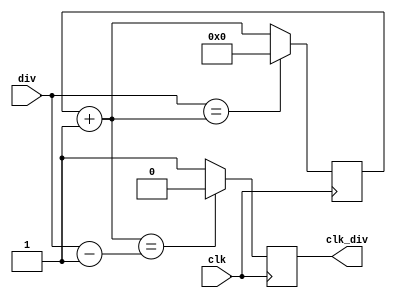
`timescale 1ns / 1ps
//////////////////////////////////////////////////////////////////////////////////
// Company: 
// Engineer: 
// 
// Design Name: 
// Module Name: MultiDivider
// Project Name: 
// Target Devices: 
// Tool Versions: 
// Description: 
// 
// Dependencies: 
// 
// Revision:
// Revision 0.01 - File Created
// Additional Comments:
// 
//////////////////////////////////////////////////////////////////////////////////


module MultiDivider(
input wire clk,
input wire [7:0] div,
output reg clk_div
    );
	
	reg [7:0] count = 8'h00;
	
	always @ (posedge clk) begin
		count = count + 1'b1;
		
		if (count == (div - 1'b1) ) begin
			clk_div = 1'b0;
		end else begin
			clk_div = 1'b1;
		end 
		
		if (div == count) begin 
			count = 0;
		end 
	end
	
endmodule